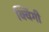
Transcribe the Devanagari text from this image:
क्विंगी